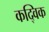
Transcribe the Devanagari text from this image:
कद्विक